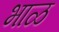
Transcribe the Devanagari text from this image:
भाळ